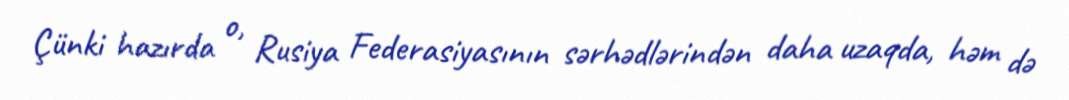
Çünki hazırda o, Rusiya Federasiyasının sərhədlərindən daha uzaqda, həm də